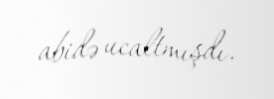
abidə ucaltmışdı.